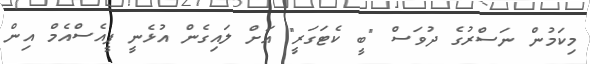
މިކަމުން ނަސްރުގެ ދުވަސް "ބީ ކެޓަގަރީ" އަށް ލައިގެން އުޅެނީ ޕީއެސްއެމް އިން